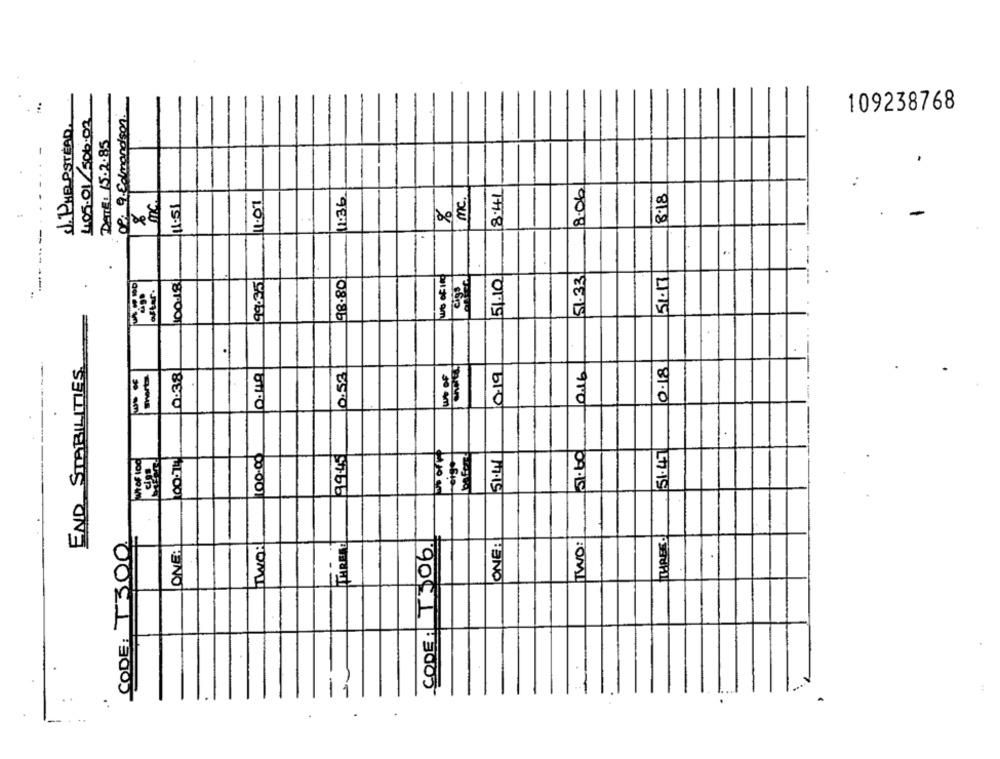
+
405.01/506.02
OP: 9. Edmondson
109238768
J. PHELPSTEAD.
DETTE: 15.2.85
8.06
11:36
8.41
8.18
MC
1.07
mc.
11:51
20El
51.17
100-18
99.35
98.80
wo of 100
51.10
51.33
after.
.
END STABILITIES
016
0.52
LA OF
0.19
0.18
merta
0:38
100.00
99.45
51.60
51.47
51.41
THREE.
CODE: T300
TWOR
CODE: T306.
ONE:
TWO:
ONE:
.
.